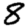
Digit: 8